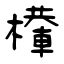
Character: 檋